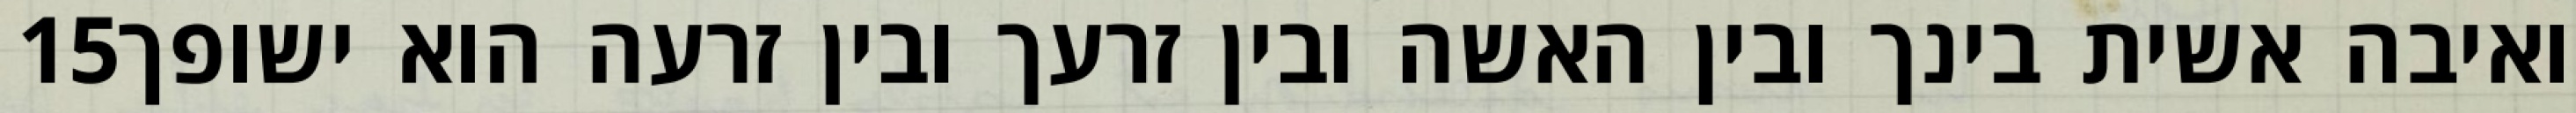
‎15‏ ואיבה אשית בינך ובין האשה ובין זרעך ובין זרעה הוא ישופך